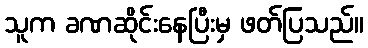
သူက ခဏဆိုင်းနေပြီးမှ ဖတ်ပြသည်။